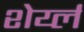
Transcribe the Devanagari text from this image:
शेर्य्ल